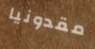
مقدونيا